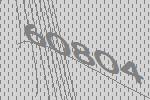
60804